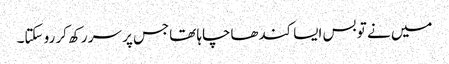
میں نے تو بس ایسا کندھاچاہا تھاجس پر سر رکھ کر رو سکتا۔